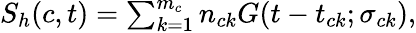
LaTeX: \begin{array}{r}{S_{h}(c,t)=\sum_{k=1}^{m_{c}}n_{ck}G(t-t_{ck};\sigma_{ck}),}\end{array}